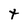
Character: t